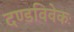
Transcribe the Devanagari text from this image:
दण्डविवेकः